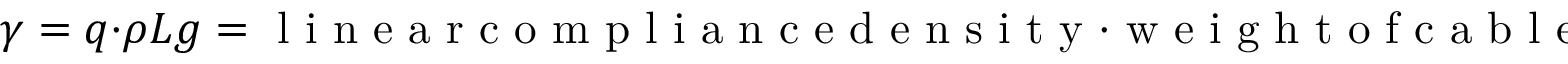
\gamma = q \cdot \rho L g = \mathrm { ~ l ~ i ~ n ~ e ~ a ~ r ~ c ~ o ~ m ~ p ~ l ~ i ~ a ~ n ~ c ~ e ~ d ~ e ~ n ~ s ~ i ~ t ~ y ~ } \cdot \mathrm { ~ w ~ e ~ i ~ g ~ h ~ t ~ o ~ f ~ c ~ a ~ b ~ l ~ e ~ }